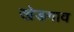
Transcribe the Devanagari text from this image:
खेडगाव